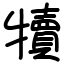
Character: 犢